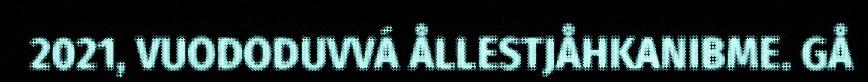
2021, VUODODUVVÁ ÅLLESTJÅHKANIBME. GÅ